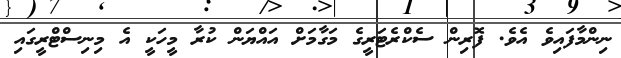
ނިންމާފައިވެ އެވެ. ފޮރިން ސެކްރެޓަރީގެ މަގާމަށް އައްޔަން ކުރާ މީހަކީ އެ މިނިސްޓްރީގައި